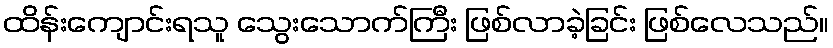
ထိန်းကျောင်းရသူ သွေးသောက်ကြီး ဖြစ်လာခဲ့ခြင်း ဖြစ်လေသည်။